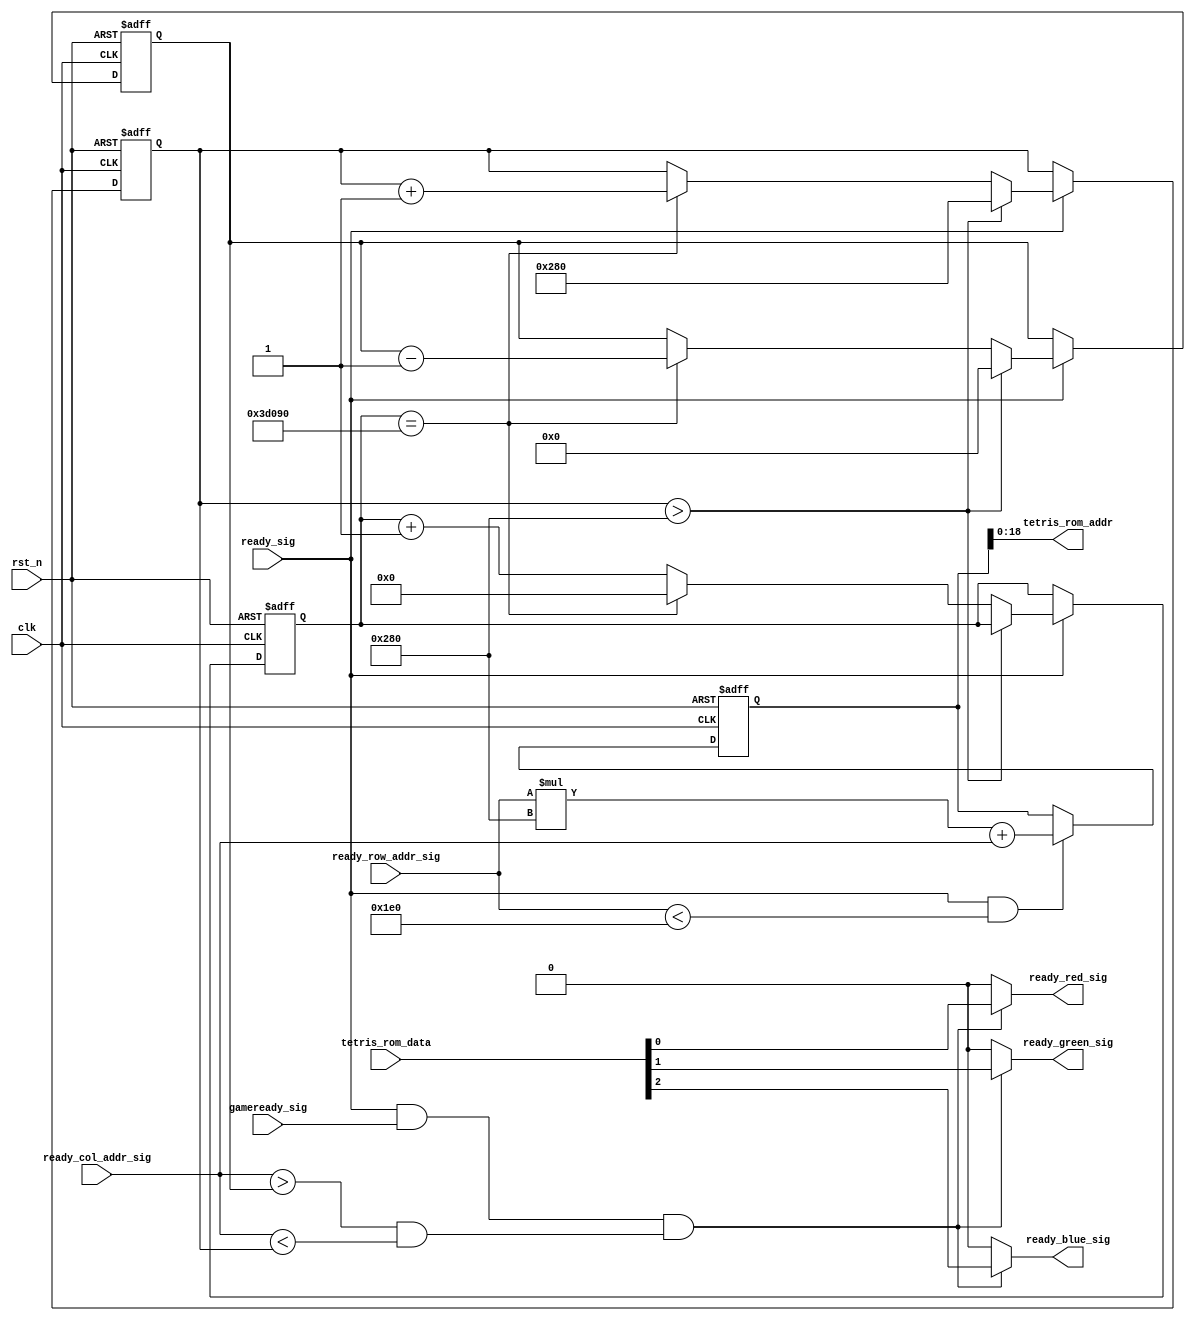
`timescale 1ns / 1ps
module start_vga_control_module
 (clk, rst_n, ready_col_addr_sig, ready_row_addr_sig, ready_sig, gameready_sig,
  tetris_rom_data, tetris_rom_addr, ready_red_sig, ready_green_sig, ready_blue_sig  
 );
 input clk;
 input rst_n;
 input[10:0] ready_col_addr_sig;
 input[10:0] ready_row_addr_sig;
 input ready_sig;
 input gameready_sig;
 input[2:0] tetris_rom_data;
 output[18:0] tetris_rom_addr;
 output ready_red_sig;
 output ready_green_sig;
 output ready_blue_sig;
 
 /**************************************************/
 
 reg[21:0] m;
 parameter flush = 30'd250_000;
 /**************************************************/
 
 reg[30:0] hcnt;
 reg[10:0] lefth;
 reg[10:0] righth;
  
 always @ ( posedge clk or negedge rst_n)
   begin
		if( !rst_n )
			begin
				hcnt <= 0;
				righth <= 320;
				lefth <= 320;
			end
		else 
		if (ready_sig)
		begin
		if (righth > 640)
			begin
				lefth <= 0;
				righth <= 640;
			end
		else
		if (hcnt == flush)
			begin
				hcnt <= 0;
				lefth <= lefth - 1;
				righth <= righth + 1;
			end
		else
			hcnt <= hcnt + 1;
		end
	end   
 
 always @ ( posedge clk or negedge rst_n )
   begin
     if( !rst_n )
        m <= 9'd0;
     else if( ready_sig && ready_row_addr_sig <480) //verilog,512
        m <= ready_row_addr_sig[10:0]*640+ready_col_addr_sig[10:0];
   end
   
 /**************************************************/
 
 reg[9:0] n;
 
 always @ ( posedge clk or negedge rst_n )
   begin 
     if( !rst_n )
        n <= 6'd0;
     else if( ready_sig && ready_col_addr_sig < 640) //640
        n <= ready_col_addr_sig[9:0];
   end
   
 /**************************************************/
 assign show_block = ready_col_addr_sig > lefth && ready_col_addr_sig < righth;
 assign tetris_rom_addr = m[18:0];
 assign ready_red_sig = (ready_sig && gameready_sig && show_block)? tetris_rom_data[0]: 1'b0;
 assign ready_green_sig = (ready_sig && gameready_sig && show_block)? tetris_rom_data[1]: 1'b0;
 assign ready_blue_sig = (ready_sig && gameready_sig && show_block)? tetris_rom_data[2]: 1'b0;
 
 /**************************************************/
 
 endmodule